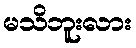
မသိဘူးလား